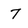
Character: 7